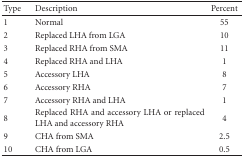
| Type | Description | Percent |
 | --- | --- | --- |
 | 1 | Normal | 55 |
 | 2 | Replaced LHA from LGA | 10 |
 | 3 | Replaced RHA from SMA | 11 |
 | 4 | Replaced RHA and LHA | 1 |
 | 5 | Accessory LHA | 8 |
 | 6 | Accessory RHA | 7 |
 | 7 | Accessory RHA and LHA | 1 |
 | 8 | Replaced RHA and accessory LHA or replaced LHA and accessory RHA | 4 |
 | 9 | CHA from SMA | 2.5 |
 | 10 | CHA from LGA | 0.5 |